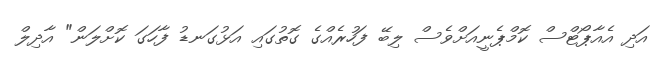
އަދި އެއާޕޯޓްސް ކޮމްޕެނީއަށްވެސް ލިބޭ ފަހުރެއްގެ ގޮތުގައި އަޅުގަނޑު ފާހަގަ ކޮށްލަން" އާދިލް